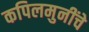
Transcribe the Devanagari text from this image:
कपिलमुनींचे